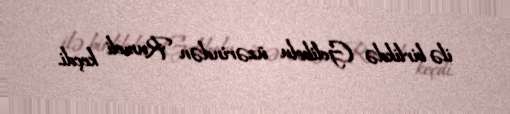
ilə birlikdə Gelibolu üzərindən Rumeli keçdi.